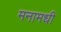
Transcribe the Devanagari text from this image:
मनामधी